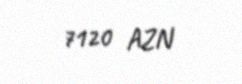
7120 AZN